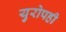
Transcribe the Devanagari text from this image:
युरोपही